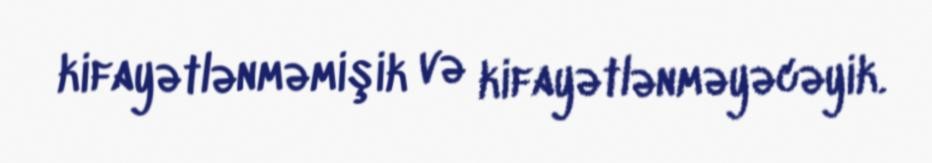
kifayətlənməmişik və kifayətlənməyəcəyik.